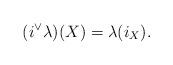
LaTeX: \begin{align*}(i^\vee\lambda)(X)=\lambda(i_X).\end{align*}